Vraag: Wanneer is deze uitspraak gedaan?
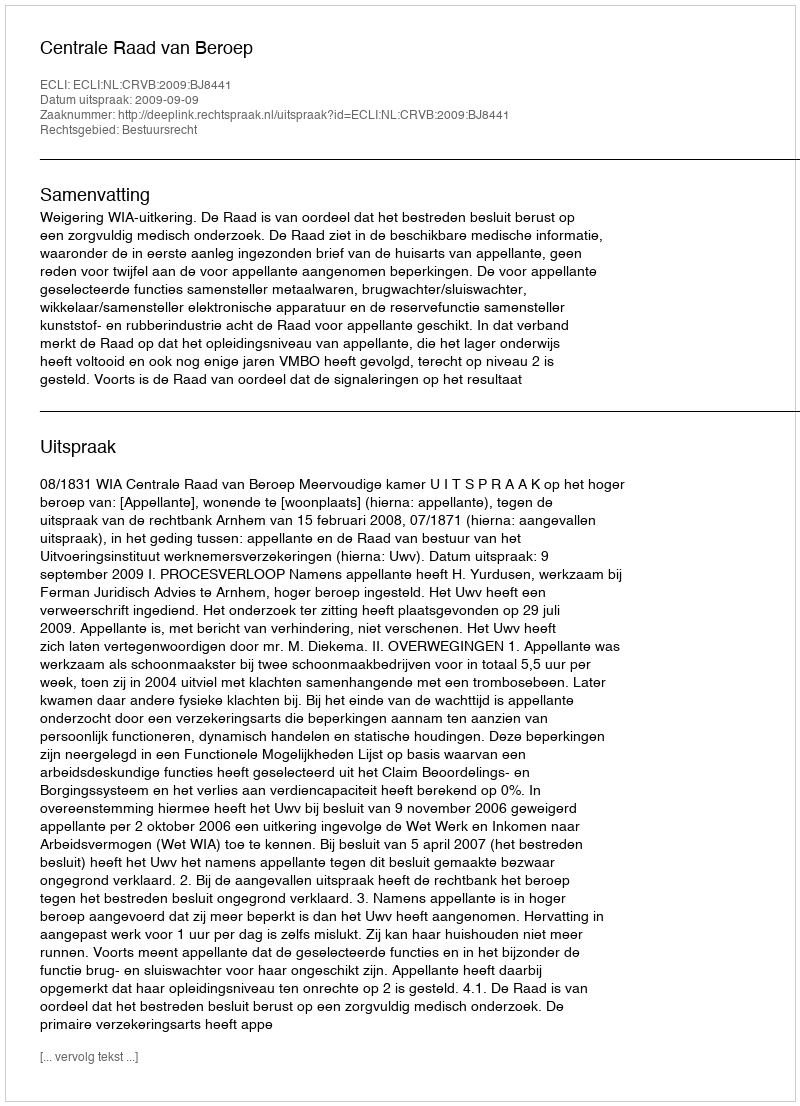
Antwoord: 2009-09-09